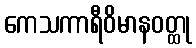
ကေသကာရီဝိမာနဝတ္ထု